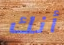
أنك